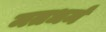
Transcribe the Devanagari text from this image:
मतधर्म